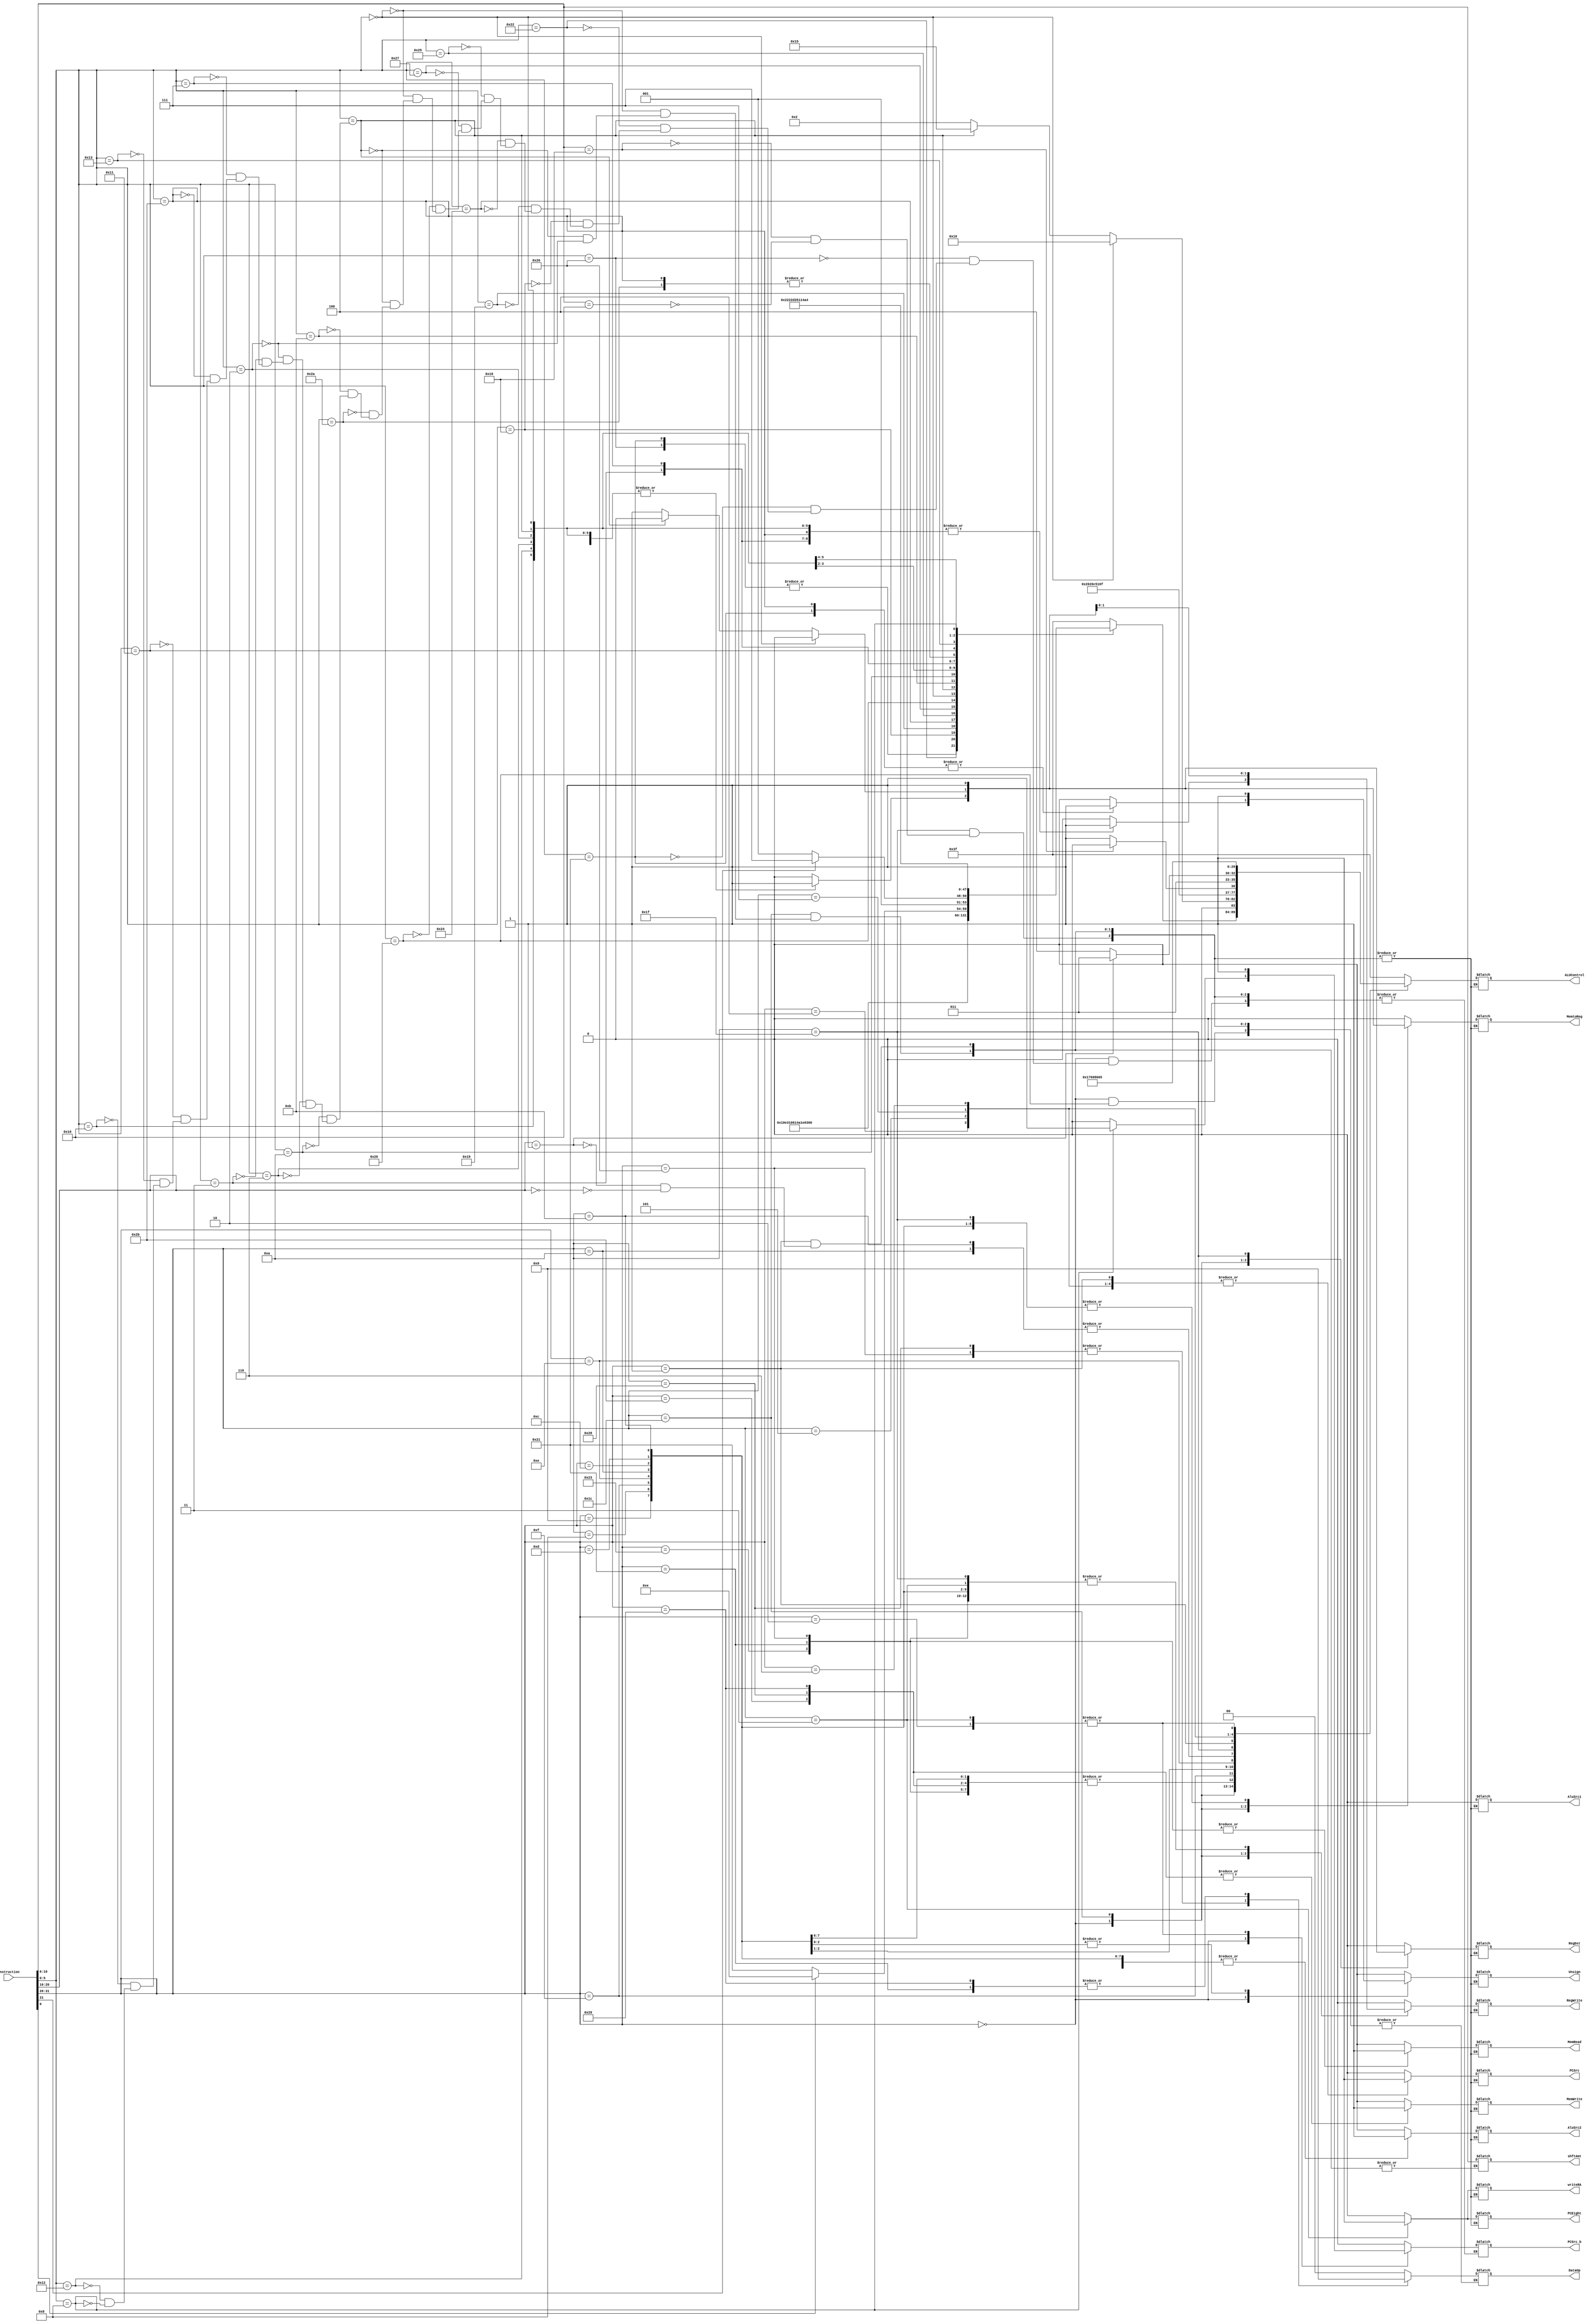
`timescale 1ns / 1ps

    module Controller(Instruction, ALUControl, shftAmt, RegDst, RegWrite, AluSrc2, MemRead, MemWrite, MemtoReg, PCSrc, Unsign, DataOp, PCSrc_b, 
    PCEight, writeRA, AluSrc1);

	input [31:0] Instruction;

	output reg [5:0] ALUControl; 
	output reg [4:0] shftAmt;
	output reg RegDst, RegWrite, AluSrc2, MemRead, MemWrite, MemtoReg, PCSrc, Unsign, PCSrc_b, PCEight, writeRA, AluSrc1;
    output reg [1:0] DataOp;
    
	always @(Instruction) begin

		case(Instruction[31:26]) //Special commands
                    
			(6'b000000): begin //Opcode commands with 000000 Special

				case(Instruction[5:0]) 

					//Arithmetic

					//add
					(6'b100000): begin
						shftAmt <= Instruction[10:6];

						ALUControl <= 6'b000000;
						RegDst <= 1'b1;
						RegWrite <= 1'b1;
						AluSrc2 <= 1'b0;
						MemRead <= 1'b0;
						MemWrite <= 1'b0;
						MemtoReg <= 1'b1;
						PCSrc <= 1'b0;
						Unsign <= 1'b0;
						DataOp <= 2'b00;
						PCSrc_b <= 1'b0;
						PCEight <= 1'b0;
						writeRA <= 1'b0;
						AluSrc1 <= 1'b0;
					end
					//addu
					(6'b100001): begin
						shftAmt <= Instruction[10:6];

						ALUControl <= 6'b000000;
						RegDst <= 1'b1;
						RegWrite <= 1'b1;
						AluSrc2 <= 1'b0;
						MemRead <= 1'b0;
						MemWrite <= 1'b0;
						MemtoReg <= 1'b1;
						PCSrc <= 1'b0;
						Unsign <= 1'b1;
						DataOp <= 2'b00;
						PCSrc_b <= 1'b0;
						PCEight <= 1'b0;
						writeRA <= 1'b0;
						AluSrc1 <= 1'b0;
					end
					//sub
					(6'b100010): begin
						shftAmt <= Instruction[10:6];

						ALUControl <= 6'b000001;
						RegDst <= 1'b1;
						RegWrite <= 1'b1;
						AluSrc2 <= 1'b0;
						MemRead <= 1'b0;
						MemWrite <= 1'b0;
						MemtoReg <= 1'b1;
						PCSrc <= 1'b0;
						Unsign <= 1'b0;
						DataOp <= 2'b00;
						PCSrc_b <= 1'b0;
						PCEight <= 1'b0;
						writeRA <= 1'b0;
						AluSrc1 <= 1'b0;
					end
					//mult
					(6'b011000): begin
						shftAmt <= Instruction[10:6];

						ALUControl <= 6'b000011;
						RegDst <= 1'b0;
						RegWrite <= 1'b0;
						AluSrc2 <= 1'b0;
						MemRead <= 1'b0;
						MemWrite <= 1'b0;
						MemtoReg <= 1'b0;
						PCSrc <= 1'b0;
						Unsign <= 1'b0;
						DataOp <= 2'b00;
						PCSrc_b <= 1'b0;
						PCEight <= 1'b0;
						writeRA <= 1'b0;
						AluSrc1 <= 1'b0;
					end
					//multu
					(6'b011001): begin
						shftAmt <= Instruction[10:6];

						ALUControl <= 6'b100011;
						RegDst <= 1'b0;
						RegWrite <= 1'b0;
						AluSrc2 <= 1'b0;
						MemRead <= 1'b0;
						MemWrite <= 1'b0;
						MemtoReg <= 1'b0;
						PCSrc <= 1'b0;
						Unsign <= 1'b0;
						DataOp <= 2'b00;
						PCSrc_b <= 1'b0;
						PCEight <= 1'b0;
						writeRA <= 1'b0;
						AluSrc1 <= 1'b0;
					end

					//Logical

					//and
					(6'b100100): begin
						shftAmt <= Instruction[10:6];

						ALUControl <= 6'b000100;
						RegDst <= 1'b1;
						RegWrite <= 1'b1;
						AluSrc2 <= 1'b0;
						MemRead <= 1'b0;
						MemWrite <= 1'b0;
						MemtoReg <= 1'b1;
						PCSrc <= 1'b0;
						Unsign <= 1'b0;
						DataOp <= 2'b00;
						PCSrc_b <= 1'b0;
						PCEight <= 1'b0;
						writeRA <= 1'b0;
						AluSrc1 <= 1'b0;
					end
					//or
					(6'b100101): begin
						shftAmt <= Instruction[10:6];

						ALUControl <= 6'b000110;
						RegDst <= 1'b1;
                        RegWrite <= 1'b1;
                        AluSrc2 <= 1'b0;
                        MemRead <= 1'b0;
                        MemWrite <= 1'b0;
                        MemtoReg <= 1'b1;
                        PCSrc <= 1'b0;
                        Unsign <= 1'b0;
                        DataOp <= 2'b00;
                        PCSrc_b <= 1'b0;
                        PCEight <= 1'b0;
                        writeRA <= 1'b0;
                        AluSrc1 <= 1'b0;
					end
					//nor
					(6'b100111): begin
						shftAmt <= Instruction[10:6];

						ALUControl <= 6'b000101;
						RegDst <= 1'b1;
                        RegWrite <= 1'b1;
                        AluSrc2 <= 1'b0;
                        MemRead <= 1'b0;
                        MemWrite <= 1'b0;
                        MemtoReg <= 1'b1;
                        PCSrc <= 1'b0;
                        Unsign <= 1'b0;
                        DataOp <= 2'b00;
                        PCSrc_b <= 1'b0;
                        PCEight <= 1'b0;
                        writeRA <= 1'b0;
                        AluSrc1 <= 1'b0;
					end
					//xor
					(6'b100110): begin
						shftAmt <= Instruction[10:6];

						ALUControl <= 6'b001010;
						RegDst <= 1'b1;
                        RegWrite <= 1'b1;
                        AluSrc2 <= 1'b0;
                        MemRead <= 1'b0;
                        MemWrite <= 1'b0;
                        MemtoReg <= 1'b1;
                        PCSrc <= 1'b0;
                        Unsign <= 1'b0;
                        PCSrc_b <= 1'b0;
                        PCEight <= 1'b0;
                        writeRA <= 1'b0;
                        AluSrc1 <= 1'b0;
					end
					//sll
					(6'b000000): begin
						shftAmt <= Instruction[10:6];

						ALUControl <= 6'b000111;
						RegDst <= 1'b1;
                        RegWrite <= 1'b1;
                        AluSrc2 <= 1'b0;
                        MemRead <= 1'b0;
                        MemWrite <= 1'b0;
                        MemtoReg <= 1'b1;
                        PCSrc <= 1'b0;
                        Unsign <= 1'b0;
                        DataOp <= 2'b00;
                        PCSrc_b <= 1'b0;
                        PCEight <= 1'b0;
                        writeRA <= 1'b0;
                        AluSrc1 <= 1'b0;
					end
					//sllv
					(6'b000100): begin
						shftAmt <= Instruction[10:6];

						ALUControl <= 6'b100000;
						RegDst <= 1'b1;
                        RegWrite <= 1'b1;
                        AluSrc2 <= 1'b0;
                        MemRead <= 1'b0;
                        MemWrite <= 1'b0;
                        MemtoReg <= 1'b1;
                        PCSrc <= 1'b0;
                        Unsign <= 1'b0;
                        DataOp <= 2'b00;
                        PCSrc_b <= 1'b0;
                        PCEight <= 1'b0;
                        writeRA <= 1'b0;
                        AluSrc1 <= 1'b0;
					end

					//slt
					(6'b101010): begin
						shftAmt <= Instruction[10:6];

						ALUControl <= 6'b001011;
						RegDst <= 1'b1;
                        RegWrite <= 1'b1;
                        AluSrc2 <= 1'b0;
                        MemRead <= 1'b0;
                        MemWrite <= 1'b0;
                        MemtoReg <= 1'b1;
                        PCSrc <= 1'b0;
                        Unsign <= 1'b0;
                        DataOp <= 2'b00;
                        PCSrc_b <= 1'b0;
                        PCEight <= 1'b0;
                        writeRA <= 1'b0;
                        AluSrc1 <= 1'b0;
					end
					//movn
					(6'b001011): begin
						shftAmt <= Instruction[10:6];

						ALUControl <= 6'b001100;
						RegDst <= 1'b1;
                        RegWrite <= 1'b1;
                        AluSrc2 <= 1'b0;
                        MemRead <= 1'b0;
                        MemWrite <= 1'b0;
                        MemtoReg <= 1'b1;
                        PCSrc <= 1'b0;
                        Unsign <= 1'b0;
                        DataOp <= 2'b00;
                        PCSrc_b <= 1'b0;
                        PCEight <= 1'b0;
                        writeRA <= 1'b0;
                        AluSrc1 <= 1'b0;
					end
					//movz
					(6'b001010): begin
						shftAmt <= Instruction[10:6];

						ALUControl <= 6'b001101;
						RegDst <= 1'b1;
                        RegWrite <= 1'b1;
                        AluSrc2 <= 1'b0;
                        MemRead <= 1'b0;
                        MemWrite <= 1'b0;
                        MemtoReg <= 1'b1;
                        PCSrc <= 1'b0;
                        Unsign <= 1'b0;
                        DataOp <= 2'b00;
                        PCSrc_b <= 1'b0;
                        PCEight <= 1'b0;
                        writeRA <= 1'b0;
                        AluSrc1 <= 1'b0;
					end
					//rotrv and srlv
					(6'b000110): begin
					   //rotrv
					   if (Instruction[6] == 1'b1) begin
						    shftAmt <= Instruction[10:6];

						    ALUControl <= 6'b001110;
						    RegDst <= 1'b1;
                            RegWrite <= 1'b1;
                            AluSrc2 <= 1'b0;
                            MemRead <= 1'b0;
                            MemWrite <= 1'b0;
                            MemtoReg <= 1'b1;
                            PCSrc <= 1'b0;
                            Unsign <= 1'b0;
                            DataOp <= 2'b00;
                            PCSrc_b <= 1'b0;
                            PCEight <= 1'b0;
                            writeRA <= 1'b0;
                            AluSrc1 <= 1'b0;
                        end
                        //srlv
                       else if (Instruction[6] == 1'b0) begin
                            shftAmt <= Instruction[10:6];
    
                            ALUControl <= 6'b100001;
                            RegDst <= 1'b1;
                            RegWrite <= 1'b1;
                            AluSrc2 <= 1'b0;
                            MemRead <= 1'b0;
                            MemWrite <= 1'b0;
                            MemtoReg <= 1'b1;
                            PCSrc <= 1'b0;
                            Unsign <= 1'b0;
                            DataOp <= 2'b00;
                            PCSrc_b <= 1'b0;
                            PCEight <= 1'b0;
                            writeRA <= 1'b0;
                            AluSrc1 <= 1'b0;
                        end
					end
					//rotr and srl
					(6'b000010): begin
					    //rotr
					    if (Instruction[21] == 1'b1) begin
					       shftAmt <= Instruction[10:6];

						   ALUControl <= 6'b001111;
						   RegDst <= 1'b1;
                           RegWrite <= 1'b1;
                           AluSrc2 <= 1'b0;
                           MemRead <= 1'b0;
                           MemWrite <= 1'b0;
                           MemtoReg <= 1'b1;
                           PCSrc <= 1'b0;
                           Unsign <= 1'b0;
                           DataOp <= 2'b00;
                           PCSrc_b <= 1'b0;
                           PCEight <= 1'b0;
                           writeRA <= 1'b0;
                           AluSrc1 <= 1'b0;
                        end
                        //srl
                        else if (Instruction[21] == 1'b0) begin
                            shftAmt <= Instruction[10:6];
                        
                            ALUControl <= 6'b001001;
                            RegDst <= 1'b1;
                            RegWrite <= 1'b1;
                            AluSrc2 <= 1'b0;
                            MemRead <= 1'b0;
                            MemWrite <= 1'b0;
                            MemtoReg <= 1'b1;
                            PCSrc <= 1'b0;
                            Unsign <= 1'b0;
                            DataOp <= 2'b00;
                            PCSrc_b <= 1'b0;
                            PCEight <= 1'b0;
                            writeRA <= 1'b0;
                            AluSrc1 <= 1'b0;
					    end
					end
					//sra
					(6'b000011): begin
						shftAmt <= Instruction[10:6];

						ALUControl <= 6'b001000;
						RegDst <= 1'b1;
                        RegWrite <= 1'b1;
                        AluSrc2 <= 1'b0;
                        MemRead <= 1'b0;
                        MemWrite <= 1'b0;
                        MemtoReg <= 1'b1;
                        PCSrc <= 1'b0;
                        Unsign <= 1'b0;
                        DataOp <= 2'b00;
                        PCSrc_b <= 1'b0;
                        PCEight <= 1'b0;
                        writeRA <= 1'b0;
                        AluSrc1 <= 1'b0;
					end
					//srav
					(6'b000111): begin
						shftAmt <= Instruction[10:6];

						ALUControl <= 6'b100010;
						RegDst <= 1'b1;
                        RegWrite <= 1'b1;
                        AluSrc2 <= 1'b0;
                        MemRead <= 1'b0;
                        MemWrite <= 1'b0;
                        MemtoReg <= 1'b1;
                        PCSrc <= 1'b0;
                        Unsign <= 1'b0;
                        DataOp <= 2'b00;
                        PCSrc_b <= 1'b0;
                        PCEight <= 1'b0;
                        writeRA <= 1'b0;
                        AluSrc1 <= 1'b0;
					end
					//sltu
					(6'b101011): begin
						shftAmt <= Instruction[10:6];

						ALUControl <= 6'b001011;
						RegDst <= 1'b1;
                        RegWrite <= 1'b1;
                        AluSrc2 <= 1'b0;
                        MemRead <= 1'b0;
                        MemWrite <= 1'b0;
                        MemtoReg <= 1'b1;
                        PCSrc <= 1'b0;
                        Unsign <= 1'b1;
                        DataOp <= 2'b00;
                        PCSrc_b <= 1'b0;
                        PCEight <= 1'b0;
                        writeRA <= 1'b0;
                        AluSrc1 <= 1'b0;
					end

					//hi/lo

					//mthi
					(6'b010001): begin
						shftAmt <= Instruction[10:6];

						ALUControl <= 6'b010011;
						RegDst <= 1'b1;
                        RegWrite <= 1'b0;
                        AluSrc2 <= 1'b0;
                        MemRead <= 1'b0;
                        MemWrite <= 1'b0;
                        MemtoReg <= 1'b1;
                        PCSrc <= 1'b0;
                        Unsign <= 1'b0;
                        DataOp <= 2'b00;
                        PCSrc_b <= 1'b0;
                        PCEight <= 1'b0;
                        writeRA <= 1'b0;
                        AluSrc1 <= 1'b0;
					end
					//mtlo
					(6'b010011): begin
						shftAmt <= Instruction[10:6];

						ALUControl <= 6'b010100;
						RegDst <= 1'b1;
                        RegWrite <= 1'b0;
                        AluSrc2 <= 1'b0;
                        MemRead <= 1'b0;
                        MemWrite <= 1'b0;
                        MemtoReg <= 1'b1;
                        PCSrc <= 1'b0;
                        Unsign <= 1'b0;
                        DataOp <= 2'b00;
                        PCSrc_b <= 1'b0;
                        PCEight <= 1'b0;
                        writeRA <= 1'b0;
                        AluSrc1 <= 1'b0;
					end
					//mfhi
					(6'b010000): begin
						shftAmt <= Instruction[10:6];

						ALUControl <= 6'b010001;
						RegDst <= 1'b1;
                        RegWrite <= 1'b1;
                        AluSrc2 <= 1'b0;
                        MemRead <= 1'b0;
                        MemWrite <= 1'b0;
                        MemtoReg <= 1'b1;
                        PCSrc <= 1'b0;
                        Unsign <= 1'b0;
                        DataOp <= 2'b00;
                        PCSrc_b <= 1'b0;
                        PCEight <= 1'b0;
                        writeRA <= 1'b0;
                        AluSrc1 <= 1'b0;
					end
					//mflo
					(6'b010010): begin
						shftAmt <= Instruction[10:6];

						ALUControl <= 6'b010010;
						RegDst <= 1'b1;
                        RegWrite <= 1'b1;
                        AluSrc2 <= 1'b0;
                        MemRead <= 1'b0;
                        MemWrite <= 1'b0;
                        MemtoReg <= 1'b1;
                        PCSrc <= 1'b0;
                        Unsign <= 1'b0;
                        DataOp <= 2'b00;
                        PCSrc_b <= 1'b0;
                        PCEight <= 1'b0;
                        writeRA <= 1'b0;
                        AluSrc1 <= 1'b0;
					end	
					//jr                       //FIX rs -> PC
					(6'b001000): begin
				        shftAmt <= Instruction[10:6];

                        ALUControl <= 6'b100100;
                        RegDst <= 1'b0;
                        RegWrite <= 1'b0;
                        AluSrc2 <= 1'b0;
                        MemRead <= 1'b0;
                        MemWrite <= 1'b0;
                        MemtoReg <= 1'b0;
                        PCSrc <= 1'b0;
                        Unsign <= 1'b0;
                        DataOp <= 2'b00;
                        PCSrc_b <= 1'b1;
                        PCEight <= 1'b0;
                        writeRA <= 1'b0;
                        AluSrc1 <= 1'b0;
                    end    	
					default: begin
				    shftAmt <= Instruction[10:6];

                    ALUControl <= 6'b111111;
                    RegDst <= 1'b0;
                    RegWrite <= 1'b0;
                    AluSrc2 <= 1'b0;
                    MemRead <= 1'b0;
                    MemWrite <= 1'b0;
                    MemtoReg <= 1'b0;
                    PCSrc <= 1'b0;
                    Unsign <= 1'b0;	
                    DataOp <= 2'b00;
                    PCEight <= 1'b0;	
                    writeRA <= 1'b0;		
                    AluSrc1 <= 1'b0;	
					end			
				endcase // Instruction[5:0]
			end

			//Arithemtic

			//addiu
			(6'b001001): begin
				shftAmt <= Instruction[10:6];

				ALUControl <= 6'b000000;
				RegDst <= 1'b0;
                RegWrite <= 1'b1;
                AluSrc2 <= 1'b1;
                MemRead <= 1'b0;
                MemWrite <= 1'b0;
                MemtoReg <= 1'b1;
                PCSrc <= 1'b0;
                Unsign <= 1'b0;
                DataOp <= 2'b00;
                PCSrc_b <= 1'b0;
                PCEight <= 1'b0;
                writeRA <= 1'b0;
                AluSrc1 <= 1'b0;
			end
			//addi
			(6'b001000): begin
				shftAmt <= Instruction[10:6];

				ALUControl <= 6'b000000;
				RegDst <= 1'b0;
                RegWrite <= 1'b1;
                AluSrc2 <= 1'b1;
                MemRead <= 1'b0;
                MemWrite <= 1'b0;
                MemtoReg <= 1'b1;
                PCSrc <= 1'b0;
                Unsign <= 1'b0;
                DataOp <= 2'b00;
                PCSrc_b <= 1'b0;
                PCEight <= 1'b0;
                writeRA <= 1'b0;
                AluSrc1 <= 1'b0;
			end
			//madd and msub
			(6'b011100): begin
				//madd
				if (Instruction[5:0] == 6'b000000) begin
					shftAmt <= Instruction[10:6];

					ALUControl <= 6'b010110;
				    RegDst <= 1'b0;
                    RegWrite <= 1'b0;
                    AluSrc2 <= 1'b0;
                    MemRead <= 1'b0;
                    MemWrite <= 1'b0;
                    MemtoReg <= 1'b0;
                    PCSrc <= 1'b0;
                    Unsign <= 1'b0;
                    DataOp <= 2'b00;
                    PCSrc_b <= 1'b0;
                    PCEight <= 1'b0;
                    writeRA <= 1'b0;
                    AluSrc1 <= 1'b0;
				end
				//msub
				else if (Instruction[5:0] == 6'b000100) begin
					shftAmt <= Instruction[10:6];

					ALUControl <= 6'b010101;
				    RegDst <= 1'b0;
                    RegWrite <= 1'b0;
                    AluSrc2 <= 1'b0;
                    MemRead <= 1'b0;
                    MemWrite <= 1'b0;
                    MemtoReg <= 1'b0;
                    PCSrc <= 1'b0;
                    Unsign <= 1'b0;	
                    DataOp <= 2'b00;	
                    PCSrc_b <= 1'b0;
                    PCEight <= 1'b0;	
                    writeRA <= 1'b0;
                    AluSrc1 <= 1'b0;
				end
				//mul
				else if (Instruction[5:0] == 6'b000010) begin
				    shftAmt <= Instruction[10:6];

                    ALUControl <= 6'b000010;
                    RegDst <= 1'b1;
                    RegWrite <= 1'b1;
                    AluSrc2 <= 1'b0;
                    MemRead <= 1'b0;
                    MemWrite <= 1'b0;
                    MemtoReg <= 1'b1;
                    PCSrc <= 1'b0;
                    Unsign <= 1'b0;
                    DataOp <= 2'b00;
                    PCSrc_b <= 1'b0;
                    PCEight <= 1'b0;
                    writeRA <= 1'b0;
                    AluSrc1 <= 1'b0;
                end
            end
			
			//Data

			//lw 
			(6'b100011): begin
				shftAmt <= Instruction[10:6];

				ALUControl <= 6'b000000; //add base + offset
				RegDst <= 1'b0; 
                RegWrite <= 1'b1;
                AluSrc2 <= 1'b1;
                MemRead <= 1'b1;
                MemWrite <= 1'b0;
                MemtoReg <= 1'b0;
                PCSrc <= 1'b0;
                Unsign <= 1'b0;
                DataOp <= 2'b00;
                PCSrc_b <= 1'b0;
                PCEight <= 1'b0;
                writeRA <= 1'b0;
                AluSrc1 <= 1'b0;
			end
			//sw 
			(6'b101011): begin
				shftAmt <= Instruction[10:6];

				ALUControl <= 6'b000000; //add base + offset
				RegDst <= 1'b0;
                RegWrite <= 1'b0;
                AluSrc2 <= 1'b1;
                MemRead <= 1'b0;
                MemWrite <= 1'b1;
                MemtoReg <= 1'b0;
                PCSrc <= 1'b0;
                Unsign <= 1'b0;
                DataOp <= 2'b00;
                PCSrc_b <= 1'b0;
                PCEight <= 1'b0;
                writeRA <= 1'b0;
                AluSrc1 <= 1'b0;
			end
			//sb 
			(6'b101000): begin
				shftAmt <= Instruction[10:6];

				ALUControl <= 6'b000000; //add base + offset
				RegDst <= 1'b0;
                RegWrite <= 1'b0;
                AluSrc2 <= 1'b1;
                MemRead <= 1'b0;
                MemWrite <= 1'b1;
                MemtoReg <= 1'b0;
                PCSrc <= 1'b0;
                Unsign <= 1'b0;
                DataOp <= 2'b10;
                PCSrc_b <= 1'b0;
                PCEight <= 1'b0;
                writeRA <= 1'b0;
                AluSrc1 <= 1'b0;
			end
			//lh 
			(6'b100001): begin
				shftAmt <= Instruction[10:6];
				
				ALUControl <= 6'b000000; //add base + offset
                RegDst <= 1'b0; 
                RegWrite <= 1'b1;
                AluSrc2 <= 1'b1;
                MemRead <= 1'b1;
                MemWrite <= 1'b0;
                MemtoReg <= 1'b0;
                PCSrc <= 1'b0;
                Unsign <= 1'b0;
                DataOp <= 2'b01;
                PCSrc_b <= 1'b0;
                PCEight <= 1'b0;
                writeRA <= 1'b0;
                AluSrc1 <= 1'b0;
			end
			//lb 
			(6'b100000): begin
				shftAmt <= Instruction[10:6];

				ALUControl <= 6'b000000; //add base + offset
                RegDst <= 1'b0; 
                RegWrite <= 1'b1;
                AluSrc2 <= 1'b1;
                MemRead <= 1'b1;
                MemWrite <= 1'b0;
                MemtoReg <= 1'b0;
                PCSrc <= 1'b0;
                Unsign <= 1'b0;
                DataOp <= 2'b10;
                PCSrc_b <= 1'b0;
                PCEight <= 1'b0;
                writeRA <= 1'b0;
                AluSrc1 <= 1'b0;
			end
			//sh 
			(6'b101001): begin
				shftAmt <= Instruction[10:6];

				ALUControl <= 6'b000000; //add base + offset
				RegDst <= 1'b0;
                RegWrite <= 1'b0;
                AluSrc2 <= 1'b1;
                MemRead <= 1'b0;
                MemWrite <= 1'b1;
                MemtoReg <= 1'b0;
                PCSrc <= 1'b0;
                Unsign <= 1'b0;
                DataOp <= 2'b01;
                PCSrc_b <= 1'b0;
                PCEight <= 1'b0;
                writeRA <= 1'b0;
                AluSrc1 <= 1'b0;
			end

			//lui [needs to be fixed]
			(6'b001111): begin
				shftAmt <= Instruction[10:6];

				ALUControl <= 6'b010000;
				RegDst <= 1'b0;
                RegWrite <= 1'b1;
                AluSrc2 <= 1'b1;
                MemRead <= 1'b0;
                MemWrite <= 1'b0;
                MemtoReg <= 1'b1;
                PCSrc <= 1'b0;
                Unsign <= 1'b0;
                DataOp <= 2'b00;
                PCSrc_b <= 1'b0;
                PCEight <= 1'b0;
                writeRA <= 1'b0;
                AluSrc1 <= 1'b0;
			end

			//Logical

			//andi
			(6'b001100): begin
				shftAmt <= Instruction[10:6];

				ALUControl <= 6'b000100;
				RegDst <= 1'b0;
                RegWrite <= 1'b1;
                AluSrc2 <= 1'b1;
                MemRead <= 1'b0;
                MemWrite <= 1'b0;
                MemtoReg <= 1'b1;
                PCSrc <= 1'b0;
                Unsign <= 1'b1;
                DataOp <= 2'b00;
                PCSrc_b <= 1'b0;
                PCEight <= 1'b0;
                writeRA <= 1'b0; 
                AluSrc1 <= 1'b0;
			end
			//ori
			(6'b001101): begin
				shftAmt <= Instruction[10:6];

				ALUControl <= 6'b000110;
				RegDst <= 1'b0;
                RegWrite <= 1'b1;
                AluSrc2 <= 1'b1;
                MemRead <= 1'b0;
                MemWrite <= 1'b0;
                MemtoReg <= 1'b1;
                PCSrc <= 1'b0;
                Unsign <= 1'b1;
                DataOp <= 2'b00;
                PCSrc_b <= 1'b0;
                PCEight <= 1'b0;
                writeRA <= 1'b0;
                AluSrc1 <= 1'b0;
			end
			//xori
			(6'b001110): begin
				shftAmt <= Instruction[10:6];

				ALUControl <= 6'b001010;
				RegDst <= 1'b0;
                RegWrite <= 1'b1;
                AluSrc2 <= 1'b1;
                MemRead <= 1'b0;
                MemWrite <= 1'b0;
                MemtoReg <= 1'b1;
                PCSrc <= 1'b0;
                Unsign <= 1'b0;
                DataOp <= 2'b00;
                PCSrc_b <= 1'b0;
                PCEight <= 1'b0;
                writeRA <= 1'b0;
                AluSrc1 <= 1'b0;
			end
			//slti
			(6'b001010): begin
				shftAmt <= Instruction[10:6];

				ALUControl <= 6'b001011;
				RegDst <= 1'b0;
                RegWrite <= 1'b1;
                AluSrc2 <= 1'b1;
                MemRead <= 1'b0;
                MemWrite <= 1'b0;
                MemtoReg <= 1'b1;
                PCSrc <= 1'b0;
                Unsign <= 1'b0;
                DataOp <= 2'b00;
                PCSrc_b <= 1'b0;
                PCEight <= 1'b0;
                writeRA <= 1'b0;
                AluSrc1 <= 1'b0;
			end
			//sltiu
			(6'b001011): begin
				shftAmt <= Instruction[10:6];

				ALUControl <= 6'b001011;
				RegDst <= 1'b0;
                RegWrite <= 1'b1;
                AluSrc2 <= 1'b1;
                MemRead <= 1'b0;
                MemWrite <= 1'b0;
                MemtoReg <= 1'b1;
                PCSrc <= 1'b0;
                Unsign <= 1'b1;
                DataOp <= 2'b00;
                PCSrc_b <= 1'b0;
                PCEight <= 1'b0;
                writeRA <= 1'b0;
                AluSrc1 <= 1'b0;
			end
		    //seh and seb
            (6'b011111): begin
                shftAmt = Instruction[10:6];
                //seh
                if (shftAmt == 5'b11000) begin
                    ALUControl <= 6'b011110;
                    RegDst <= 1'b1;
                    RegWrite <= 1'b1;
                    AluSrc2 <= 1'b0;
                    MemRead <= 1'b0;
                    MemWrite <= 1'b0;
                    MemtoReg <= 1'b1;
                    PCSrc <= 1'b0;
                    Unsign <= 1'b0;
                    DataOp <= 2'b00;
                    PCSrc_b <= 1'b0;
                    PCEight <= 1'b0;
                    writeRA <= 1'b0;
                    AluSrc1 <= 1'b0;
                end
                //seb
                else if (shftAmt == 5'b10000) begin
                    ALUControl <= 6'b011111;
                    RegDst <= 1'b1;
                    RegWrite <= 1'b1;                    
                    AluSrc2 <= 1'b0;
                    MemRead <= 1'b0;
                    MemWrite <= 1'b0;
                    MemtoReg <= 1'b1;
                    PCSrc <= 1'b0;
                    Unsign <= 1'b0;
                    DataOp <= 2'b00;
                    PCSrc_b <= 1'b0;
                    PCEight <= 1'b0;
                    writeRA <= 1'b0;
                    AluSrc1 <= 1'b0;
                 end
            end
             
             //Branches
             
            //bgez and bltz
            (6'b000001): begin
                //bgez
                if (Instruction[20:16] == 5'b00001) begin
				shftAmt <= Instruction[10:6];

                ALUControl <= 6'b011011;
                RegDst <= 1'b0;
                RegWrite <= 1'b0;                
                AluSrc2 <= 1'b0;
                MemRead <= 1'b0;
                MemWrite <= 1'b0;
                MemtoReg <= 1'b0;
                PCSrc <= 1'b1;
                Unsign <= 1'b0;
                DataOp <= 2'b00;
                PCSrc_b <= 1'b0;
                PCEight <= 1'b0;
                writeRA <= 1'b0;
                AluSrc1 <= 1'b0;
                end
                //bltz
                else if (Instruction[20:16] == 5'b00000) begin
				shftAmt <= Instruction[10:6];

                ALUControl <= 6'b011100;
                RegDst <= 1'b0;
                RegWrite <= 1'b0;                
                AluSrc2 <= 1'b0;
                MemRead <= 1'b0;
                MemWrite <= 1'b0;
                MemtoReg <= 1'b0;
                PCSrc <= 1'b1;
                Unsign <= 1'b0;
                DataOp <= 2'b00;
                PCSrc_b <= 1'b0;
                PCEight <= 1'b0;
                writeRA <= 1'b0;
                AluSrc1 <= 1'b0;
                end
            end
            //beq
            (6'b000100): begin
                shftAmt <= Instruction[10:6];
    
                ALUControl <= 6'b010111;
                RegDst <= 1'b0;
                RegWrite <= 1'b0;               
                AluSrc2 <= 1'b0;
                MemRead <= 1'b0;
                MemWrite <= 1'b0;
                MemtoReg <= 1'b0;
                PCSrc <= 1'b1;
                Unsign <= 1'b0;
                DataOp <= 2'b00;
                PCSrc_b <= 1'b0;
                PCEight <= 1'b0;
                writeRA <= 1'b0;
                AluSrc1 <= 1'b0;
            end
            //bne
                (6'b000101): begin
                shftAmt <= Instruction[10:6];
    
                ALUControl <= 6'b011010;
                RegDst <= 1'b0;
                RegWrite <= 1'b0;              
                AluSrc2 <= 1'b0;
                MemRead <= 1'b0;
                MemWrite <= 1'b0;
                MemtoReg <= 1'b0;
                PCSrc <= 1'b1;
                Unsign <= 1'b0;
                DataOp <= 2'b00;
                PCSrc_b <= 1'b0;
                PCEight <= 1'b0;
                writeRA <= 1'b0;
                AluSrc1 <= 1'b0;
            end
            //bgtz
            (6'b000111): begin
                shftAmt <= Instruction[10:6];
    
                ALUControl <= 6'b011000;
                RegDst <= 1'b0;
                RegWrite <= 1'b0;              
                AluSrc2 <= 1'b0;
                MemRead <= 1'b0;
                MemWrite <= 1'b0;
                MemtoReg <= 1'b0;
                PCSrc <= 1'b1;
                Unsign <= 1'b0;
                DataOp <= 2'b00;
                PCSrc_b <= 1'b0;
                PCEight <= 1'b0;
                writeRA <= 1'b0;
                AluSrc1 <= 1'b0;
            end
            //blez
            (6'b000110): begin
                shftAmt <= Instruction[10:6];
    
                ALUControl <= 6'b011001;
                RegDst <= 1'b0;
                RegWrite <= 1'b0;                
                AluSrc2 <= 1'b0;
                MemRead <= 1'b0;
                MemWrite <= 1'b0;
                MemtoReg <= 1'b0;
                PCSrc <= 1'b1;
                Unsign <= 1'b0;
                DataOp <= 2'b00;
                PCSrc_b <= 1'b0;
                PCEight <= 1'b0;
                writeRA <= 1'b0;
                AluSrc1 <= 1'b0;
            end
            //j
            (6'b000010): begin
                shftAmt <= Instruction[10:6];
    
                ALUControl <= 6'b100101;
                RegDst <= 1'b0;
                RegWrite <= 1'b0;             
                AluSrc2 <= 1'b0;
                MemRead <= 1'b0;
                MemWrite <= 1'b0;
                MemtoReg <= 1'b0;
                PCSrc <= 1'b0;
                Unsign <= 1'b0;
                DataOp <= 2'b00;
                PCSrc_b <= 1'b1;
                PCEight <= 1'b0;
                writeRA <= 1'b0;
                AluSrc1 <= 1'b0;
            end
            //jal [MUST STORE PC+8, NOT PC+4] -> $ra
            (6'b000011): begin
                shftAmt <= Instruction[10:6];
    
                ALUControl <= 6'b100101;
                RegDst <= 1'b0;
                RegWrite <= 1'b1;               
                AluSrc2 <= 1'b0;
                MemRead <= 1'b0;
                MemWrite <= 1'b0;
                MemtoReg <= 1'b0;
                PCSrc <= 1'b0;
                Unsign <= 1'b0;
                DataOp <= 2'b00;
                PCSrc_b <= 1'b1;
                PCEight <= 1'b1;
                writeRA <= 1'b1;
                AluSrc1 <= 1'b0;
            end
			default: begin
                shftAmt <= Instruction[10:6];

                ALUControl <= 6'b111111;
                RegDst <= 1'b0;
                RegWrite <= 1'b0;              
                AluSrc2 <= 1'b0;
                MemRead <= 1'b0;
                MemWrite <= 1'b0;
                MemtoReg <= 1'b0;
                PCSrc <= 1'b0;     
                Unsign <= 1'b0;   
                DataOp <= 2'b00;    
                PCSrc_b <= 1'b0;
                PCEight <= 1'b0;     
                writeRA <= 1'b0;  
                AluSrc1 <= 1'b0;
            end        
		endcase // Instruction[31:26]
	end // always @(Instruction)
endmodule